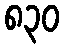
၈၃၀